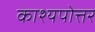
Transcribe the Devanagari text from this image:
काश्यपोत्तर